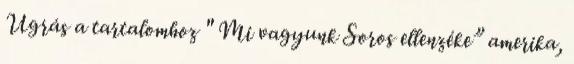
Ugrás a tartalomhoz " Mi vagyunk Soros ellenzéke” amerika,